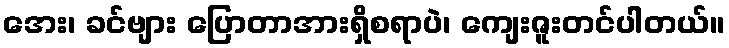
အေး၊ ခင်ဗျား ပြောတာအားရှိစရာပဲ၊ ကျေးဇူးတင်ပါတယ်။